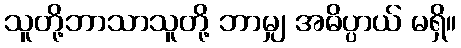
သူတို့ဘာသာသူတို့ ဘာမျှ အဓိပ္ပာယ် မရှိ။